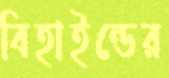
বিহাইন্ডের